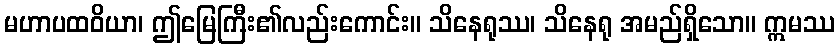
မဟာပထဝိယာ၊ ဤမြေကြီး၏လည်းကောင်း။ သိနေရုဿ၊ သိနေရု အမည်ရှိသော။ ဣမဿ